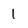
Character: 1